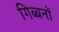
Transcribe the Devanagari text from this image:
गिब्बनों